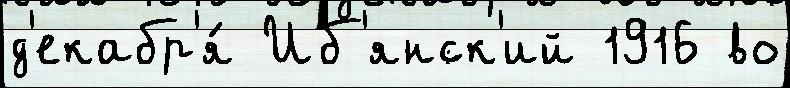
д'екабр'я́ Иб'янск'ий 1916 во